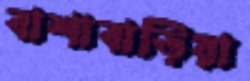
বাশাবাড়িয়া